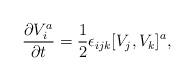
LaTeX: \begin{align*}{\partial V_i^a \over \partial t} = {1\over 2} \epsilon_{ijk}[V_j,V_k]^a,\end{align*}